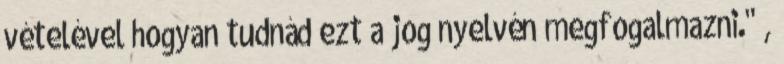
vételével hogyan tudnád ezt a jog nyelvén megfogalmazni." ,